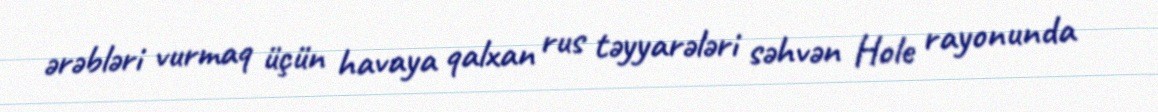
ərəbləri vurmaq üçün havaya qalxan rus təyyarələri səhvən Hole rayonunda